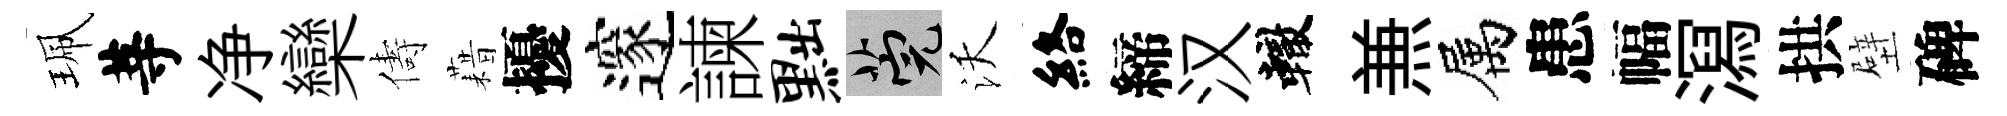
珮䓁净欒儔藉擾邃諫黜筦沃絡締汉轍𠔥属患幅㵼拱壁碑